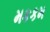
મકકમ